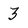
Character: 3